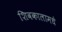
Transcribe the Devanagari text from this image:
शिवकालामधे